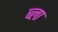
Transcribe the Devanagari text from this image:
ब्ला